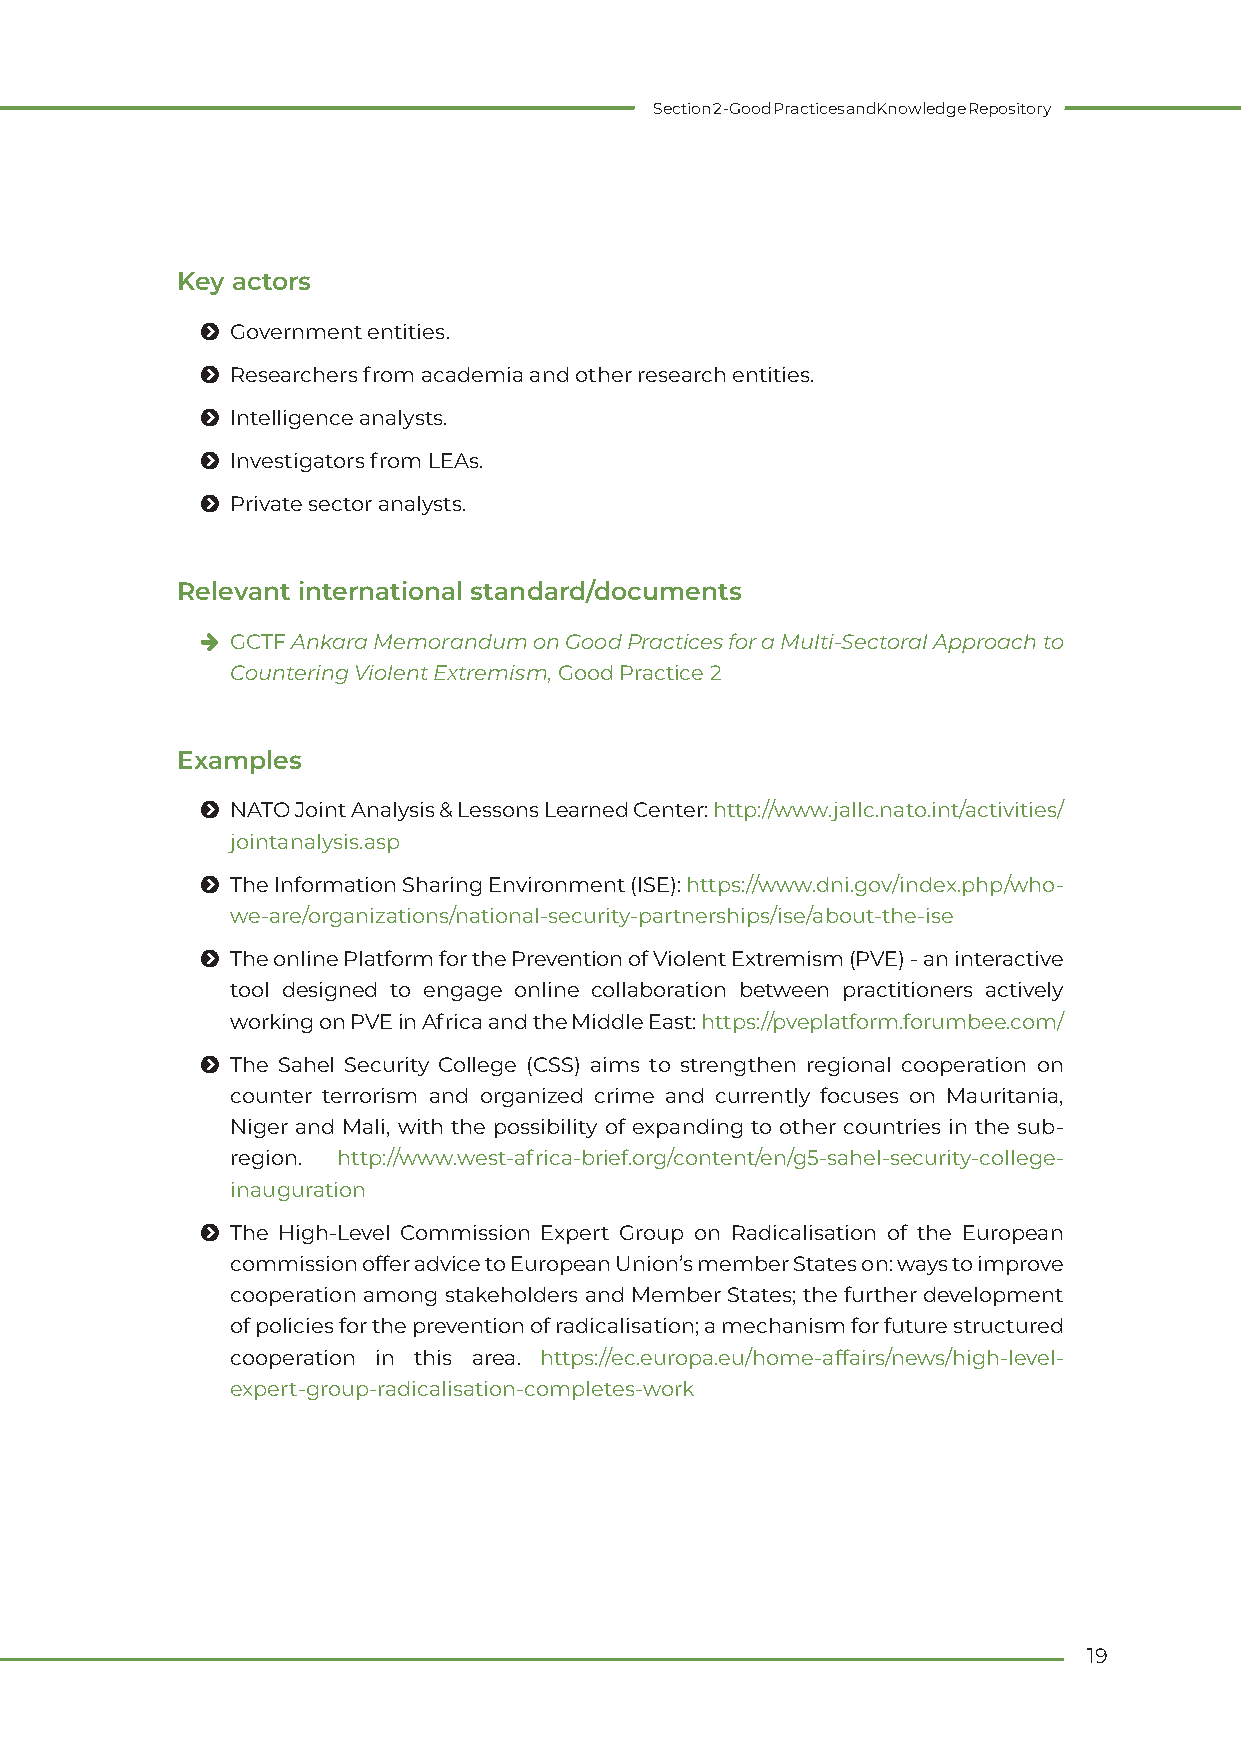
Section 2 - Good Practices and Knowledge Repository
 Key actors
 Ħ Government entities.
 Ħ Researchers from academia and other research entities.
 Ħ Intelligence analysts.
 Ħ Investigators from LEAs.
 Ħ Private sector analysts.
 Relevant international standard/documents
 h GCTF Ankara Memorandum on Good Practices for a Multi-Sectoral Approach to
 Countering Violent Extremism, Good Practice 2
 Examples
 Ħ NATO Joint Analysis & Lessons Learned Center: http://www.jallc.nato.int/activities/
 jointanalysis.asp
 Ħ The Information Sharing Environment (ISE): https://www.dni.gov/index.php/who-
 we-are/organizations/national-security-partnerships/ise/about-the-ise
 Ħ The online Platform for the Prevention of Violent Extremism (PVE) - an interactive
 tool designed to engage online collaboration between practitioners actively
 working on PVE in Africa and the Middle East: https://pveplatform.forumbee.com/
 Ħ The Sahel Security College (CSS) aims to strengthen regional cooperation on
 counter terrorism and organized crime and currently focuses on Mauritania,
 Niger and Mali, with the possibility of expanding to other countries in the sub-
 region. http://www.west-africa-brief.org/content/en/g5-sahel-security-college-
 inauguration
 Ħ The High-Level Commission Expert Group on Radicalisation of the European
 commission offer advice to European Union’s member States on: ways to improve
 cooperation among stakeholders and Member States; the further development
 of policies for the prevention of radicalisation; a mechanism for future structured
 cooperation in this area. https://ec.europa.eu/home-affairs/news/high-level-
 expert-group-radicalisation-completes-work
 19